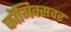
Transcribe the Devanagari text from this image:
कॉमिक्सवर